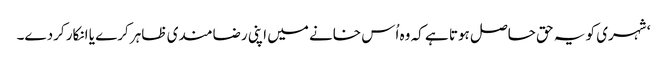
‘ شہری کو یہ حق حاصل ہوتا ہے کہ وہ اُس خانے میں اپنی رضامندی ظاہر کرے یا انکار کردے۔